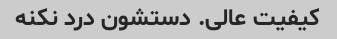
کیفیت عالی. دستشون درد نکنه